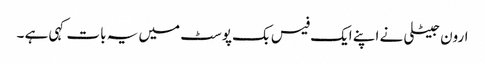
ارون جیٹلی نے اپنے ایک فیس بک پوسٹ میں یہ بات کہی ہے ۔